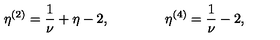
\eta ^ { ( 2 ) } = { \frac { 1 } { \nu } } + \eta - 2 , \qquad \qquad \eta ^ { ( 4 ) } = { \frac { 1 } { \nu } } - 2 ,